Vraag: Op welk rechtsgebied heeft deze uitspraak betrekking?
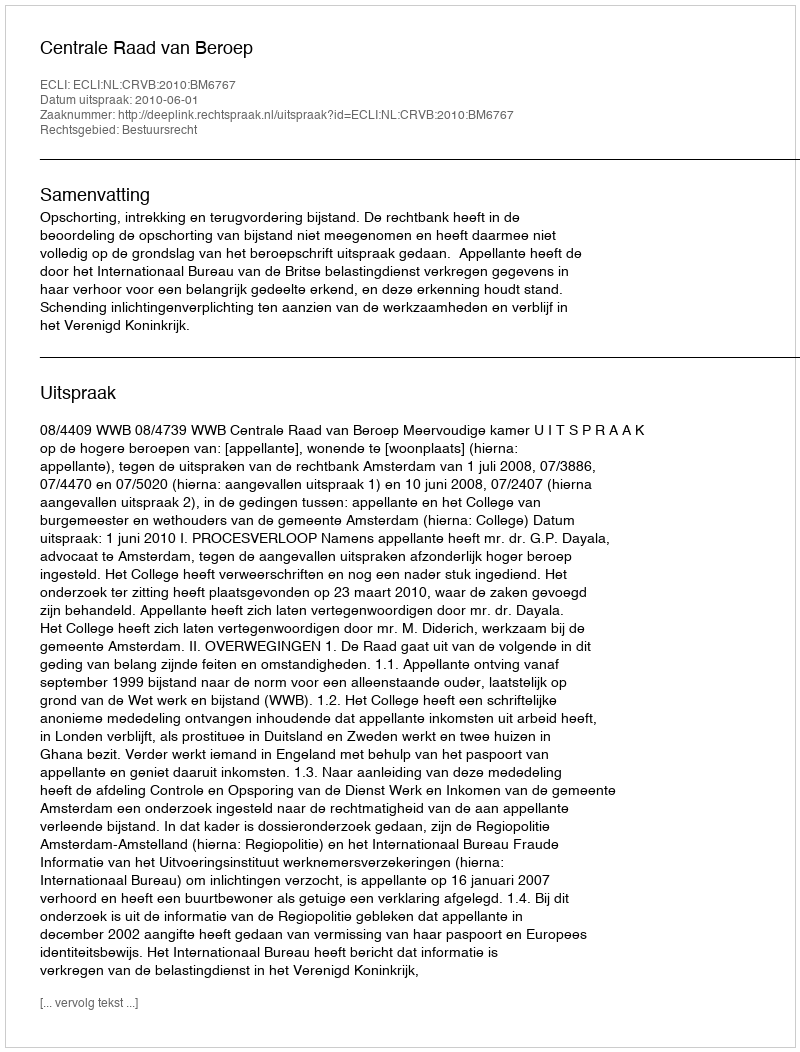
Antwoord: Bestuursrecht